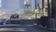
હઠતા